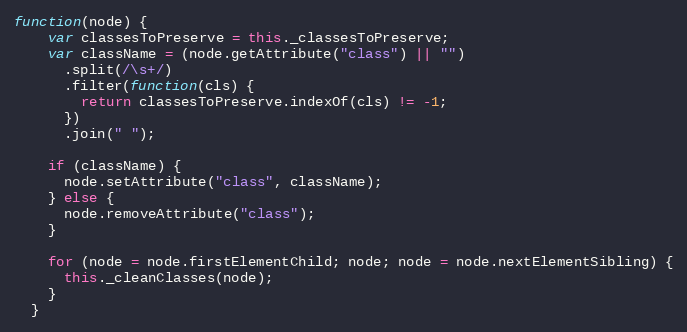
Language: JavaScript
function(node) {
    var classesToPreserve = this._classesToPreserve;
    var className = (node.getAttribute("class") || "")
      .split(/\s+/)
      .filter(function(cls) {
        return classesToPreserve.indexOf(cls) != -1;
      })
      .join(" ");

    if (className) {
      node.setAttribute("class", className);
    } else {
      node.removeAttribute("class");
    }

    for (node = node.firstElementChild; node; node = node.nextElementSibling) {
      this._cleanClasses(node);
    }
  }